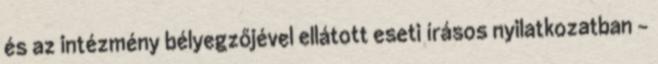
és az intézmény bélyegzőjével ellátott eseti írásos nyilatkozatban -